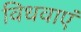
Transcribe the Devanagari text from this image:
विधवाएं